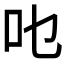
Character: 𱑿